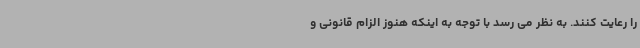
را رعایت کنند. به نظر می رسد با توجه به اینکه هنوز الزام قانونی و